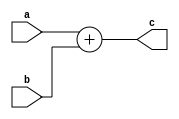
`timescale 1ns/1ps
module ADD (
    input [31:0] a,
    input [31:0] b,
    output [31:0] c
);
    assign c = a + b;
endmodule